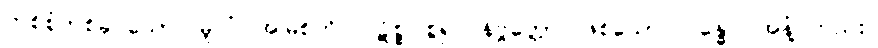
တစ်စုံတစ်ခု သော။ မူလံ၊ အမြစ်ကို။ ပဋိစ္စ၊ စွဲ၍။ နိဗ္ဗတ္တော၊ ဖြစ်သော။ ဂန္ဓော၊ အနံ့ တည်း။